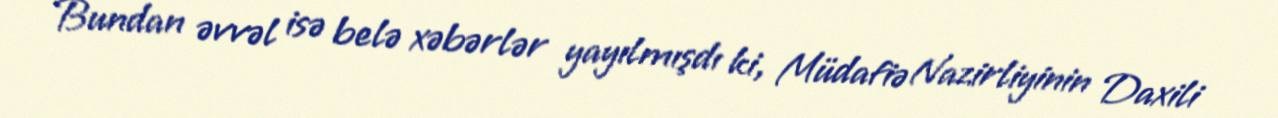
Bundan əvvəl isə belə xəbərlər yayılmışdı ki, Müdafiə Nazirliyinin Daxili